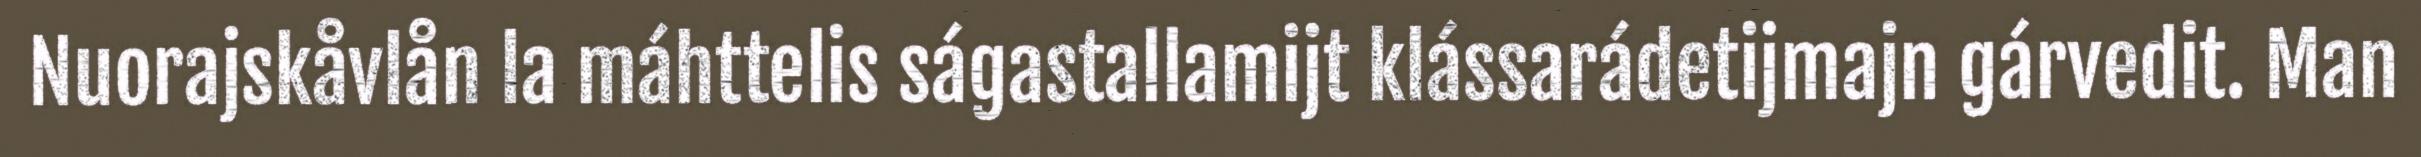
Nuorajskåvlån la máhttelis ságastallamijt klássarádetijmajn gárvedit. Man